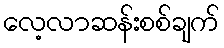
လေ့လာဆန်းစစ်ချက်